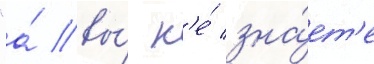
"а́ вы́ н'е́ зна́ет'е